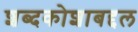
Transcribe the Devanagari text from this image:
शब्दकोशाबद्दल